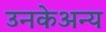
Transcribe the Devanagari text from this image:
उनकेअन्य